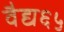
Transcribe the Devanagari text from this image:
वैद्य६५